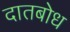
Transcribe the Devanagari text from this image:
दातबोध